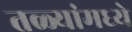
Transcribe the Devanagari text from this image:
तळ्यांमध्ये